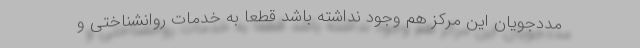
مددجویان این مرکز هم وجود نداشته باشد قطعاً به خدمات روانشناختی و